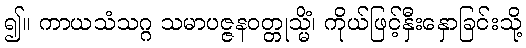
၍။ ကာယသံသဂ္ဂ သမာပဇ္ဇနဝတ္တုသ္မိံ၊ ကိုယ်ဖြင့်နှီးနှောခြင်းသို့